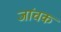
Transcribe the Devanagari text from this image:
जांचक